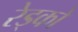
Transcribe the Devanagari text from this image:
रेड्को